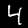
Label: 4